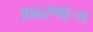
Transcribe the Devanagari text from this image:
आढरणार्‍य